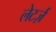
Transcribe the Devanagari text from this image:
लेटर्ज़